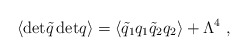
\begin{align*}\langle{\rm det}\tilde{q}\,{\rm det}q\rangle =\langle \tilde{q}_1q_1\tilde{q}_2q_2\rangle + \Lambda^4 \ ,\end{align*}